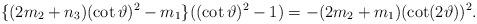
LaTeX: \begin{align*} \{ (2m_{2}+n_{3})(\cot\vartheta )^{2}- m_{1}\} ((\cot \vartheta )^{2}-1)=-(2m_{2}+m_{1})(\cot (2\vartheta) )^{2}.\end{align*}